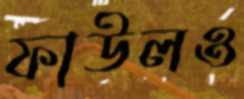
ফাউলও